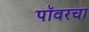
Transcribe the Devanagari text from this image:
पॉवरचा